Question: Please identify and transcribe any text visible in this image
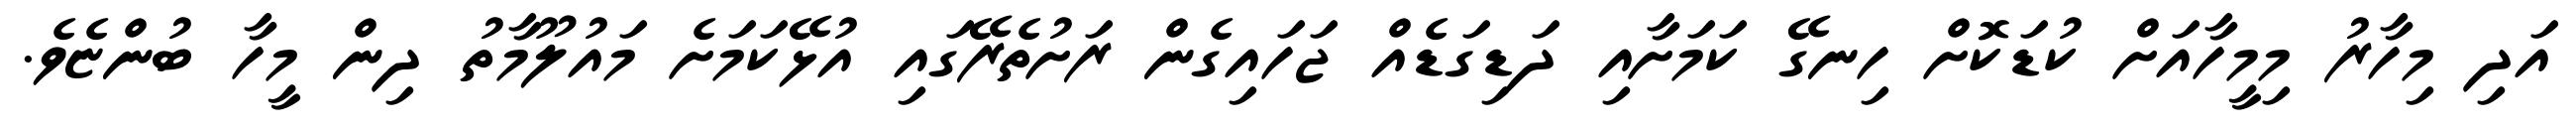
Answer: އަދި މިހާރު މިމީހާއަށް ކުޑަކޮށް ހިނގޭ ކަމަށާއި ދަޑިގަޑެއް ޖަހައިގެން ރަށުތެރޭގައި އުޅޭކަމަށެ މައުލޫމާތު ދިން މީހާ ބުންޏެވެ.